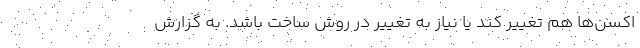
اکسن‌ها هم تغییر کند یا نیاز به تغییر در روش ساخت باشد. به گزارش